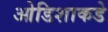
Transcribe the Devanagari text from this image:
ओडिशाकडे